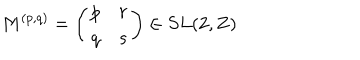
LaTeX: M ^ { ( p , q ) } = \left( \begin{array} { c c } { { p } } & { { r } } \\ { { q } } & { { s } } \\ \end{array} \right) \in S L ( 2 , { \bf Z } )